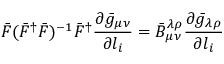
\bar { F } ( \bar { F } ^ { \dag } \bar { F } ) ^ { - 1 } \bar { F } ^ { \dag } \frac { \partial \bar { g } _ { \mu \nu } } { \partial l _ { i } } = \bar { B } _ { \mu \nu } ^ { \lambda \rho } \frac { \partial \bar { g } _ { \lambda \rho } } { \partial l _ { i } }